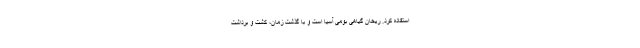
استفاده کرد. ریحان گیاهی بومی آسیا است و با گذشت زمان، کشت و برداشت